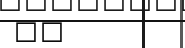
٤٨